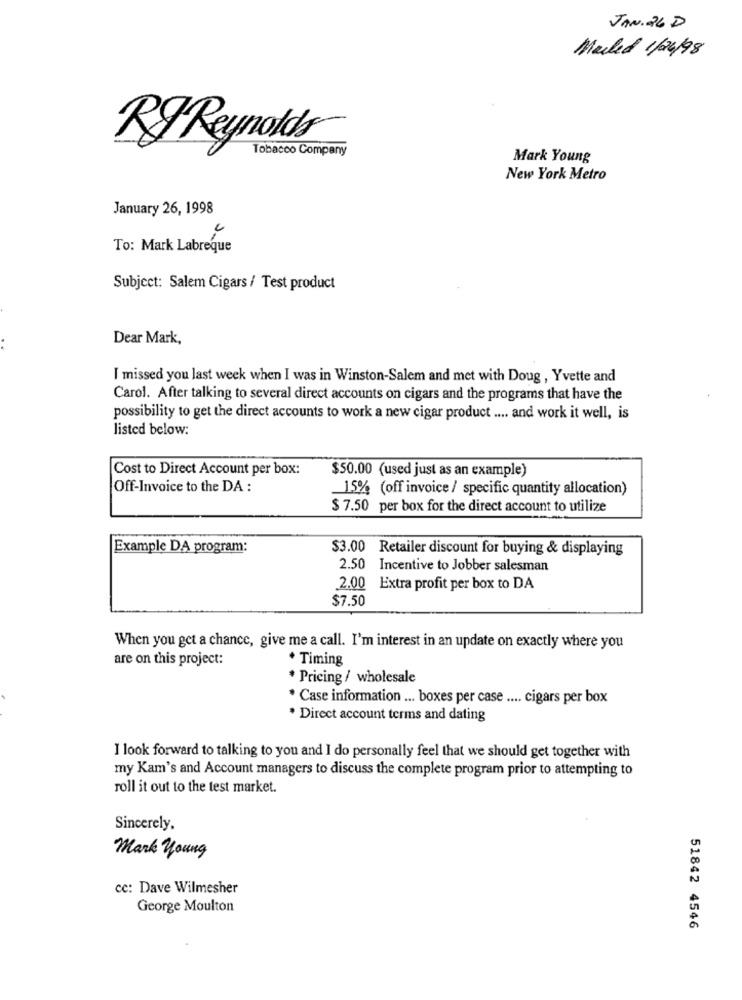
JAN. 26 D
Marked 1/24/98
Tobacco Company
RJ Reynolds
Mark Young
New York Metro
January 26, 1998
To: Mark Labreque
Subject: Salem Cigars / Test product
Dear Mark,
I missed you last week when I was in Winston-Salem and met with Doug , Yvette and
Carol. After talking to several direct accounts on cigars and the programs that have the
possibility to get the direct accounts to work a new cigar product .... and work it well, is
listed below:
Cost to Direct Account per box:
$50.00 (used just as an example)
Off-Invoice to the DA :
15% (off invoice / specific quantity allocation)
$ 7.50 per box for the direct account to utilize
Example DA program:
$3.00 Retailer discount for buying & displaying
2.50 Incentive to Jobber salesman
2.00 Extra profit per box to DA
$7.50
When you get a chance, give me a call. I'm interest in an update on exactly where you
are on this project:
* Timing
* Pricing / wholesale
* Case information ... boxes per case .... cigars per box
* Direct account terms and dating
I look forward to talking to you and I do personally feel that we should get together with
my Kam's and Account managers to discuss the complete program prior to attempting to
roll it out to the test market.
Sincerely,
Mark young
cc: Dave Wilmesher
George Moulton
51842 4546